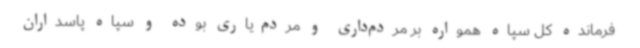
فرمانده کل سپاه همواره بر مردم‌داری و مردم‌یاری بوده و سپاه پاسداران